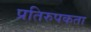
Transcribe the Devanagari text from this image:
प्रतिरुपकता